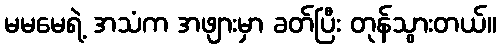
မမမေရဲ့ အသံက အဖျားမှာ ခတ်ပြီး တုန်သွားတယ်။